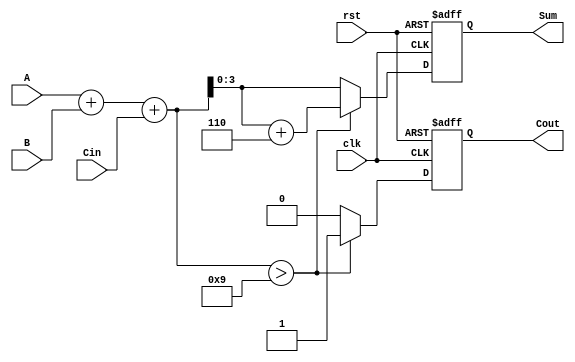
module BCD_Synchronous_Adder (
    input wire [3:0] A,      // First BCD digit
    input wire [3:0] B,      // Second BCD digit
    input wire Cin,          // Carry-in
    input wire clk,          // Clock signal
    input wire rst,          // Reset signal
    output reg [3:0] Sum,    // BCD Sum
    output reg Cout          // Carry-out
);

    // Intermediate signals
    wire [4:0] intermediate_sum; // To hold the binary sum (5 bits to capture carry)
    
    // Binary addition
    assign intermediate_sum = A + B + Cin;

    always @(posedge clk or posedge rst) begin
        if (rst) begin
            Sum <= 4'b0000; // Reset Sum to 0
            Cout <= 1'b0;   // Reset Cout to 0
        end else begin
            // Check if the intermediate sum exceeds 9
            if (intermediate_sum > 5'b01001) begin
                Sum <= intermediate_sum[3:0] + 4'b0110; // Add 6 to correct to BCD
                Cout <= 1'b1; // Set carry out
            end else begin
                Sum <= intermediate_sum[3:0]; // No correction needed
                Cout <= 1'b0; // No carry out
            end
        end
    end

endmodule